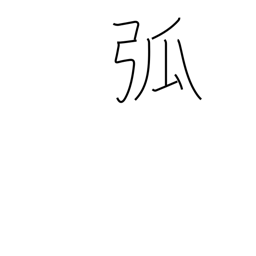
Meaning: arch